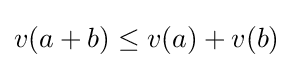
v(a+b)\leq v(a)+v(b)